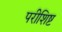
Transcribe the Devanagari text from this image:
परीशिष्ट